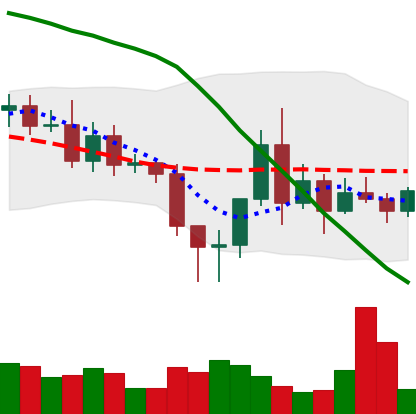
Ticker: ETC-USD
Chart end date: 2020-11-13
Forward return: 18.121%
Label: up_7plus